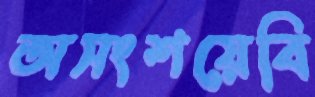
অসংশয়েবি